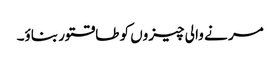
مر نے وا لی چیزوں کو طاقتور بناؤ۔